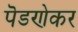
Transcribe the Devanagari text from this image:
पॆडणेकर